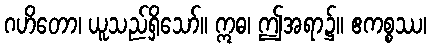
ဂဟိတော၊ ယူသည်ရှိသော်။ ဣဓ၊ ဤအရာ၌။ ဧကစ္စဿ၊